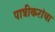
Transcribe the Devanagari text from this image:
पात्रीकरांचा